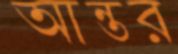
আন্তর